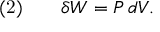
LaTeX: { \mathrm { ( 2 ) } } \qquad \delta W = P \, d V .